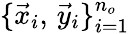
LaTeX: \{ \vec{x}_{i},\, \vec{y}_{i}\} _{i=1}^{n_{o}}